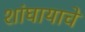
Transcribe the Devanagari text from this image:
शांघायाचे